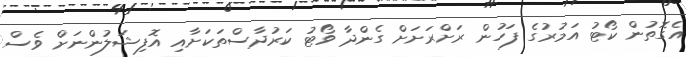
އެގޮތުން ކޯޓު އަމުރުގެ ފަހުން ރަށްރަށަށް ގެންދާ ވޯޓު ކަރުދާސްތަކަށާއި އޮފިޝަލުންނަށް ވެސް